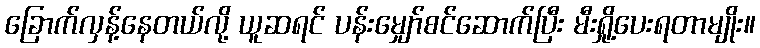
ခြောက်လှန့်နေတယ်လို့ ယူဆရင် ပန်းမျှော်စင်ဆောက်ပြီး မီးရှို့ပေးရတာမျိုး။